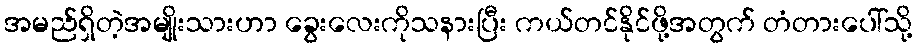
အမည်ရှိတဲ့အမျိုးသားဟာ ခွေးလေးကိုသနားပြီး ကယ်တင်နိုင်ဖို့အတွက် တံတားပေါ်သို့